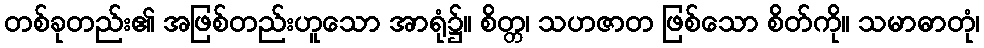
တစ်ခုတည်း၏ အဖြစ်တည်းဟူသော အာရုံ၌။ စိတ္တ၊ သဟဇာတ ဖြစ်သော စိတ်ကို။ သမာဓာတုံ၊